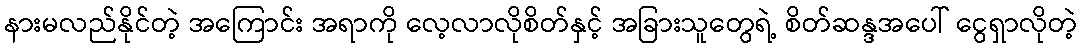
နားမလည်နိုင်တဲ့ အကြောင်း အရာကို လေ့လာလိုစိတ်နှင့် အခြားသူတွေရဲ့ စိတ်ဆန္ဒအပေါ် ငွေရှာလိုတဲ့